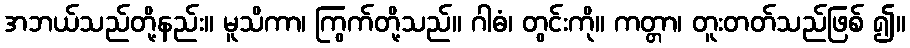
အဘယ်သည်တို့နည်း။ မူသိကာ၊ ကြွက်တို့သည်။ ဂါဓံ၊ တွင်းကို။ ကတ္တာ၊ တူးတတ်သည်ဖြစ် ၍။